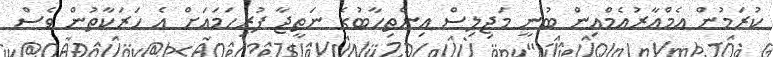
ކުރަމުން އެމްއާރުއެމްއިން ބުނީ މަޖިލިސް އިންތިހާބުގެ ނަތީޖާ ފުރިހަމައަށް އެ ހަރަކާތުން ވެސް